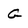
Character: G